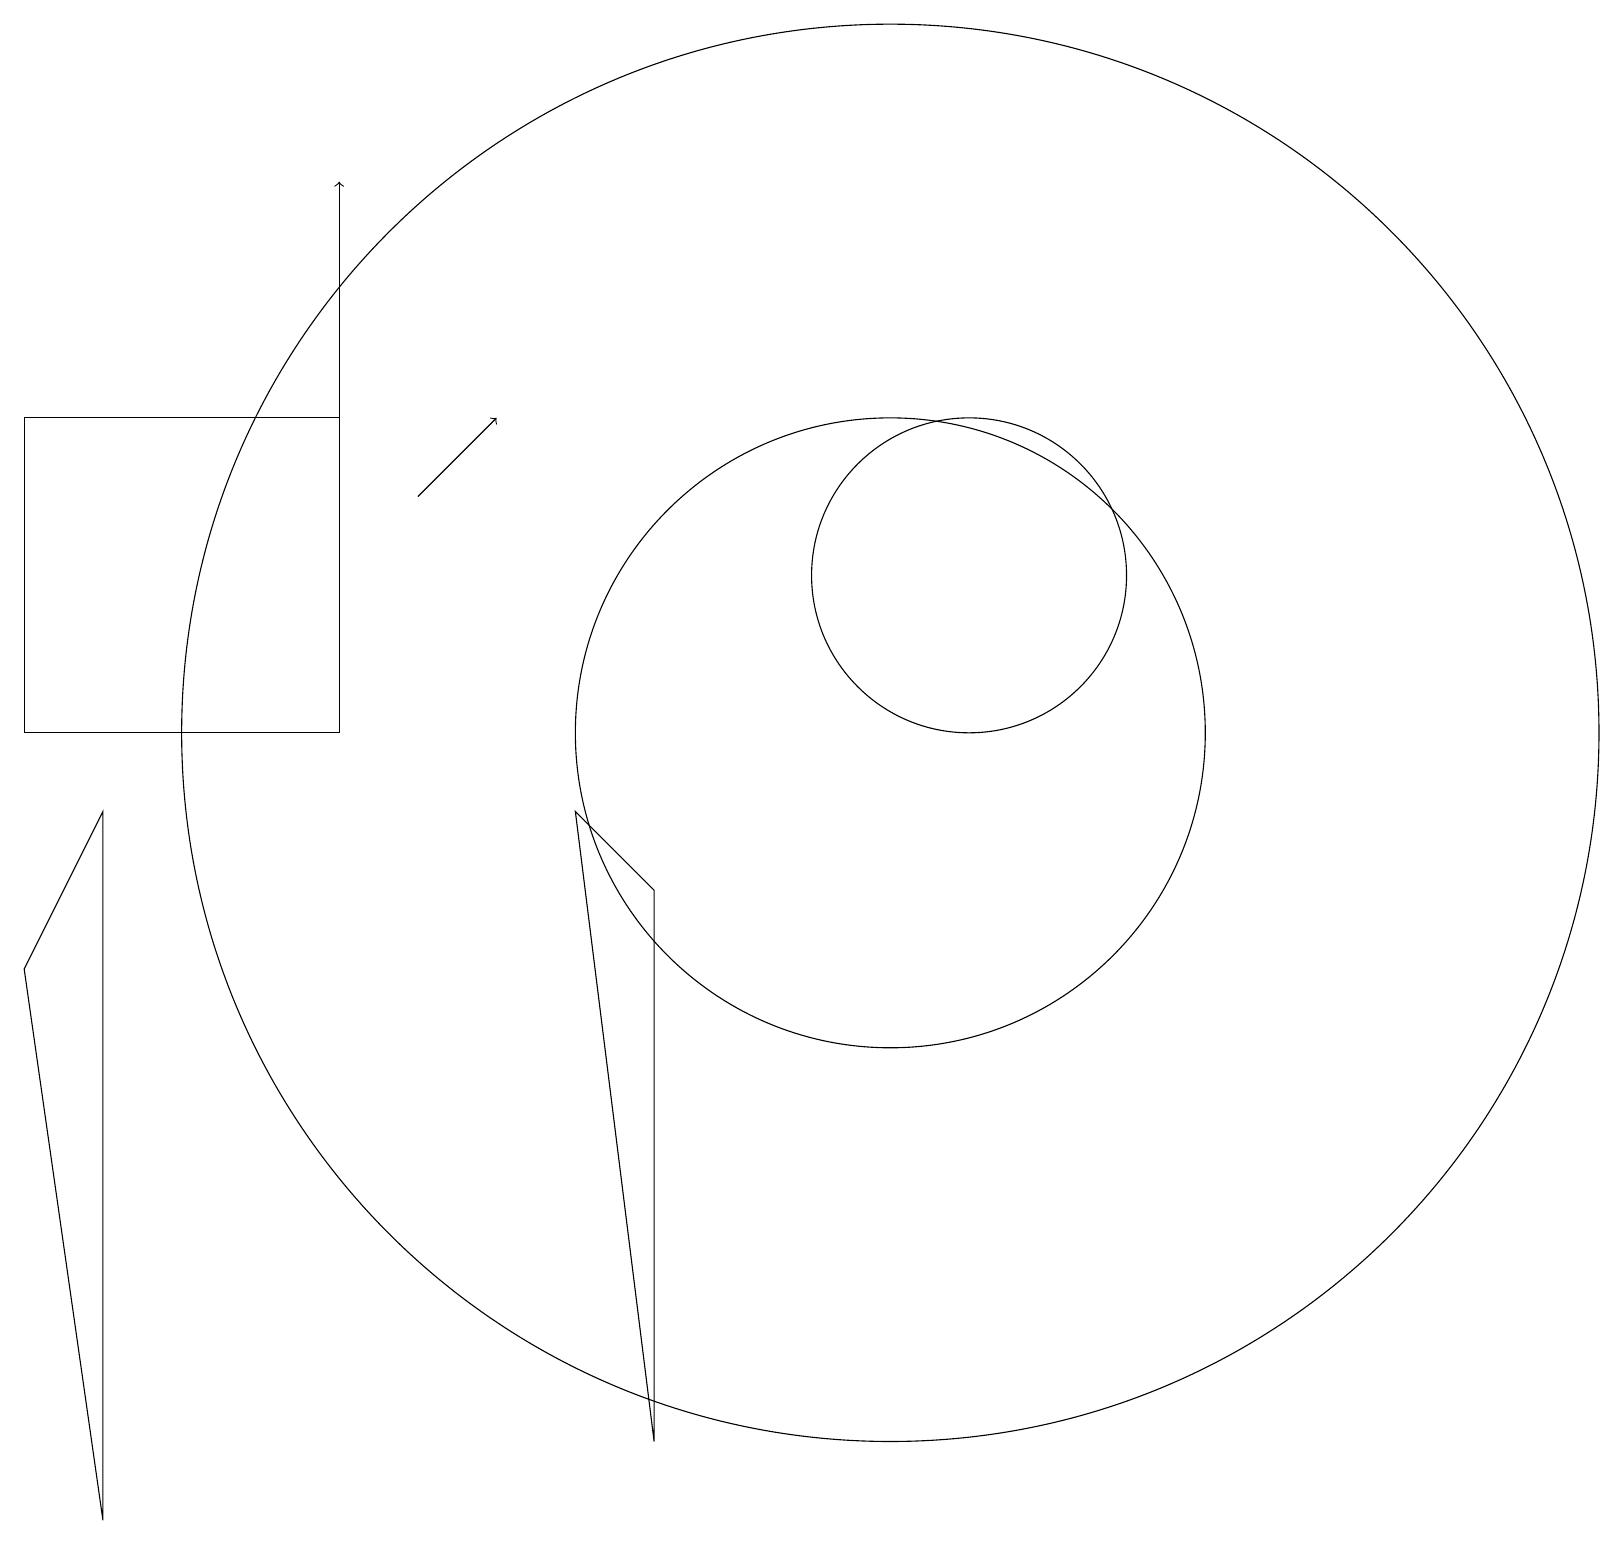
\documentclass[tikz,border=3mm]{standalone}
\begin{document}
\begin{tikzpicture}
\draw (1,0) -- (1,9) -- (0,7) -- cycle;
\draw[->] (5,13) -- (6,14);
\draw (11,10) circle (9);
\draw (0,10) rectangle (4,14);
\draw[->] (4,10) -- (4,17);
\draw (12,12) circle (2);
\draw (11,10) circle (4);
\draw (8,1) -- (7,9) -- (8,8) -- cycle;
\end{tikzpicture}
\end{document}